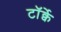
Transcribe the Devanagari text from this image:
टॉर्क्वे